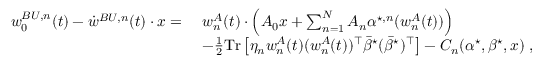
\begin{array} { r l } { w _ { 0 } ^ { B U , n } ( t ) - \dot { w } ^ { B U , n } ( t ) \cdot x = } & { ~ w _ { n } ^ { A } ( t ) \cdot \left( A _ { 0 } x + \sum _ { n = 1 } ^ { N } A _ { n } { \alpha } ^ { \star , n } ( w _ { n } ^ { A } ( t ) ) \right) } \\ & { ~ - \frac 1 2 \mathrm { T r } \left[ \eta _ { n } w _ { n } ^ { A } ( t ) ( w _ { n } ^ { A } ( t ) ) ^ { \top } \bar { { \beta } } ^ { \star } ( \bar { { \beta } } ^ { \star } ) ^ { \top } \right] - C _ { n } ( { \alpha } ^ { \star } , { \beta } ^ { \star } , x ) \; , } \end{array}